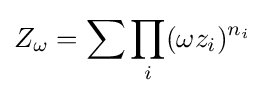
Z_{\omega }=\sum \prod _{i}(\omega z_{i})^{n_{i}}